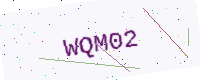
Text: WQM02